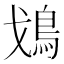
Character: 𩾷